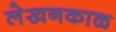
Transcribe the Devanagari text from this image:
लेखनकाळ